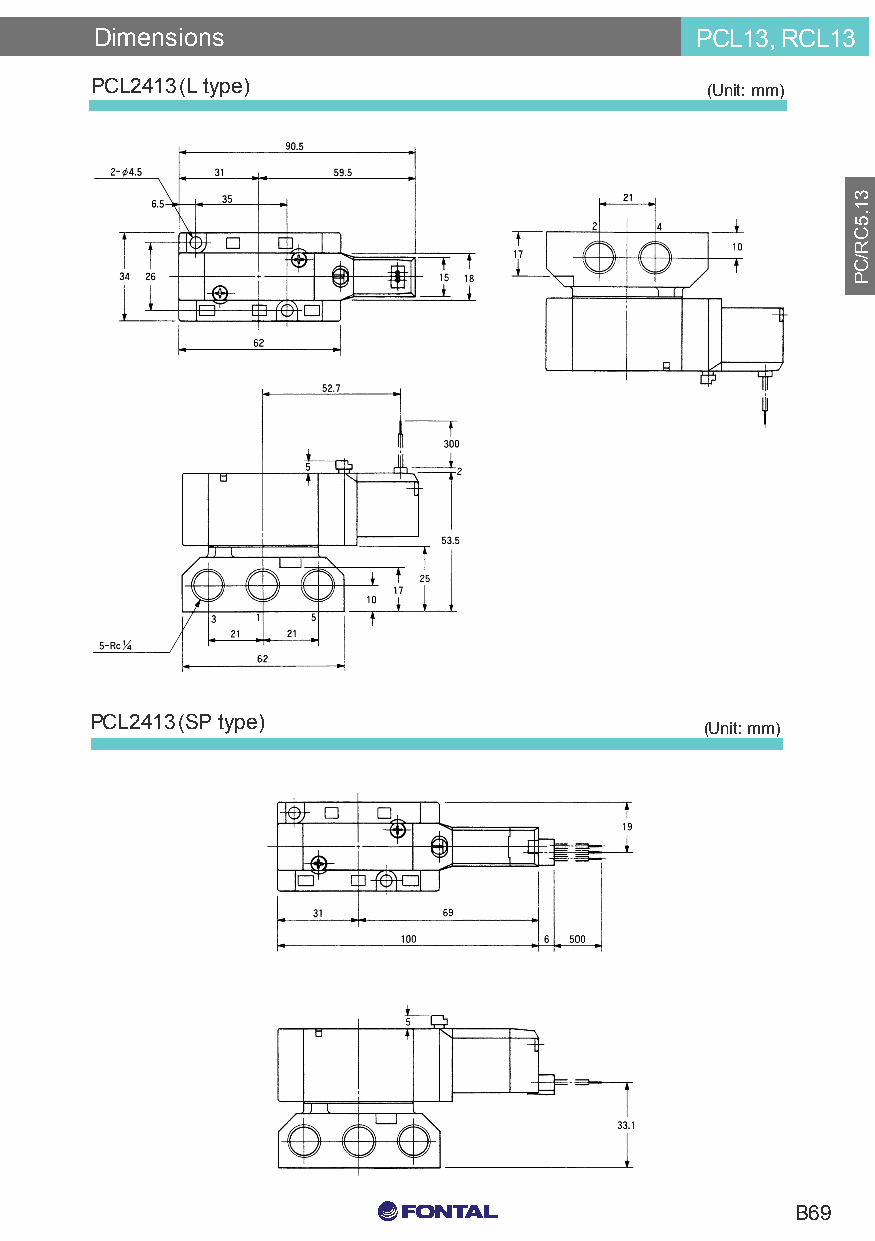
Dimensions                              PCL13, RCL13
 PCL2413(L type)                          (Unit: mm)
 PCL2413(SP type)
 (Unit: mm)
 C0 M0 Y15 K15
 B69
 C0 M0 Y0 K100
 C0 M0 Y0 K0
 31,5CR/CP